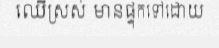
ឈើស្រស់ មានផ្ទុកទៅដោយ